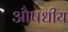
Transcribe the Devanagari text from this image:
अौषधीय